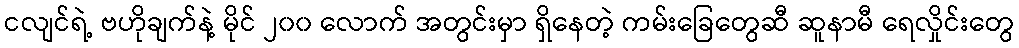
ငလျင်ရဲ့ ဗဟိုချက်နဲ့ မိုင် ၂၀၀ လောက် အတွင်းမှာ ရှိနေတဲ့ ကမ်းခြေတွေဆီ ဆူနာမီ ရေလှိုင်းတွေ